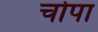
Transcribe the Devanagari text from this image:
चोपा